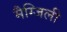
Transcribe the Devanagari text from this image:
मैग्जिली